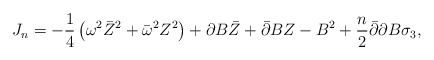
\begin{align*} J_n=-\frac 14\left(\omega^2\bar Z^2 +\bar\omega^2Z^2\right) +\partial B\bar Z +\bar\partial BZ - B^2 +\frac n2\bar\partial\partial B\sigma_3,\end{align*}